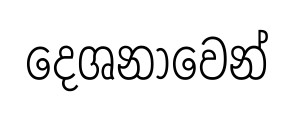
දෙශනාවෙන්